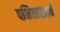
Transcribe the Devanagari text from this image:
पक्षिशास्त्राचे